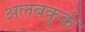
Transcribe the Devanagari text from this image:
अलबकुर्क